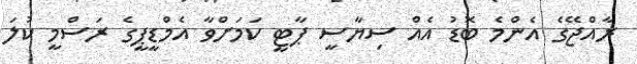
ރާއްޖޭގެ އެންމެ ބޮޑު އެއް ސިޔާސީ ޕާޓީ ކަމަށްވާ އެމްޑީޕީގެ ރަސްމީ ކުލަ